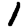
Digit: 1